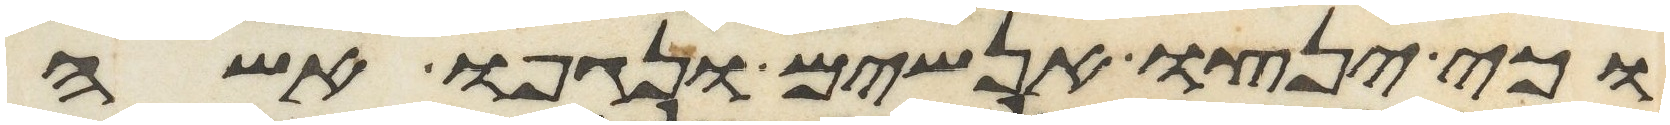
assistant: וכי ינצו אנשים ונגפו אשה